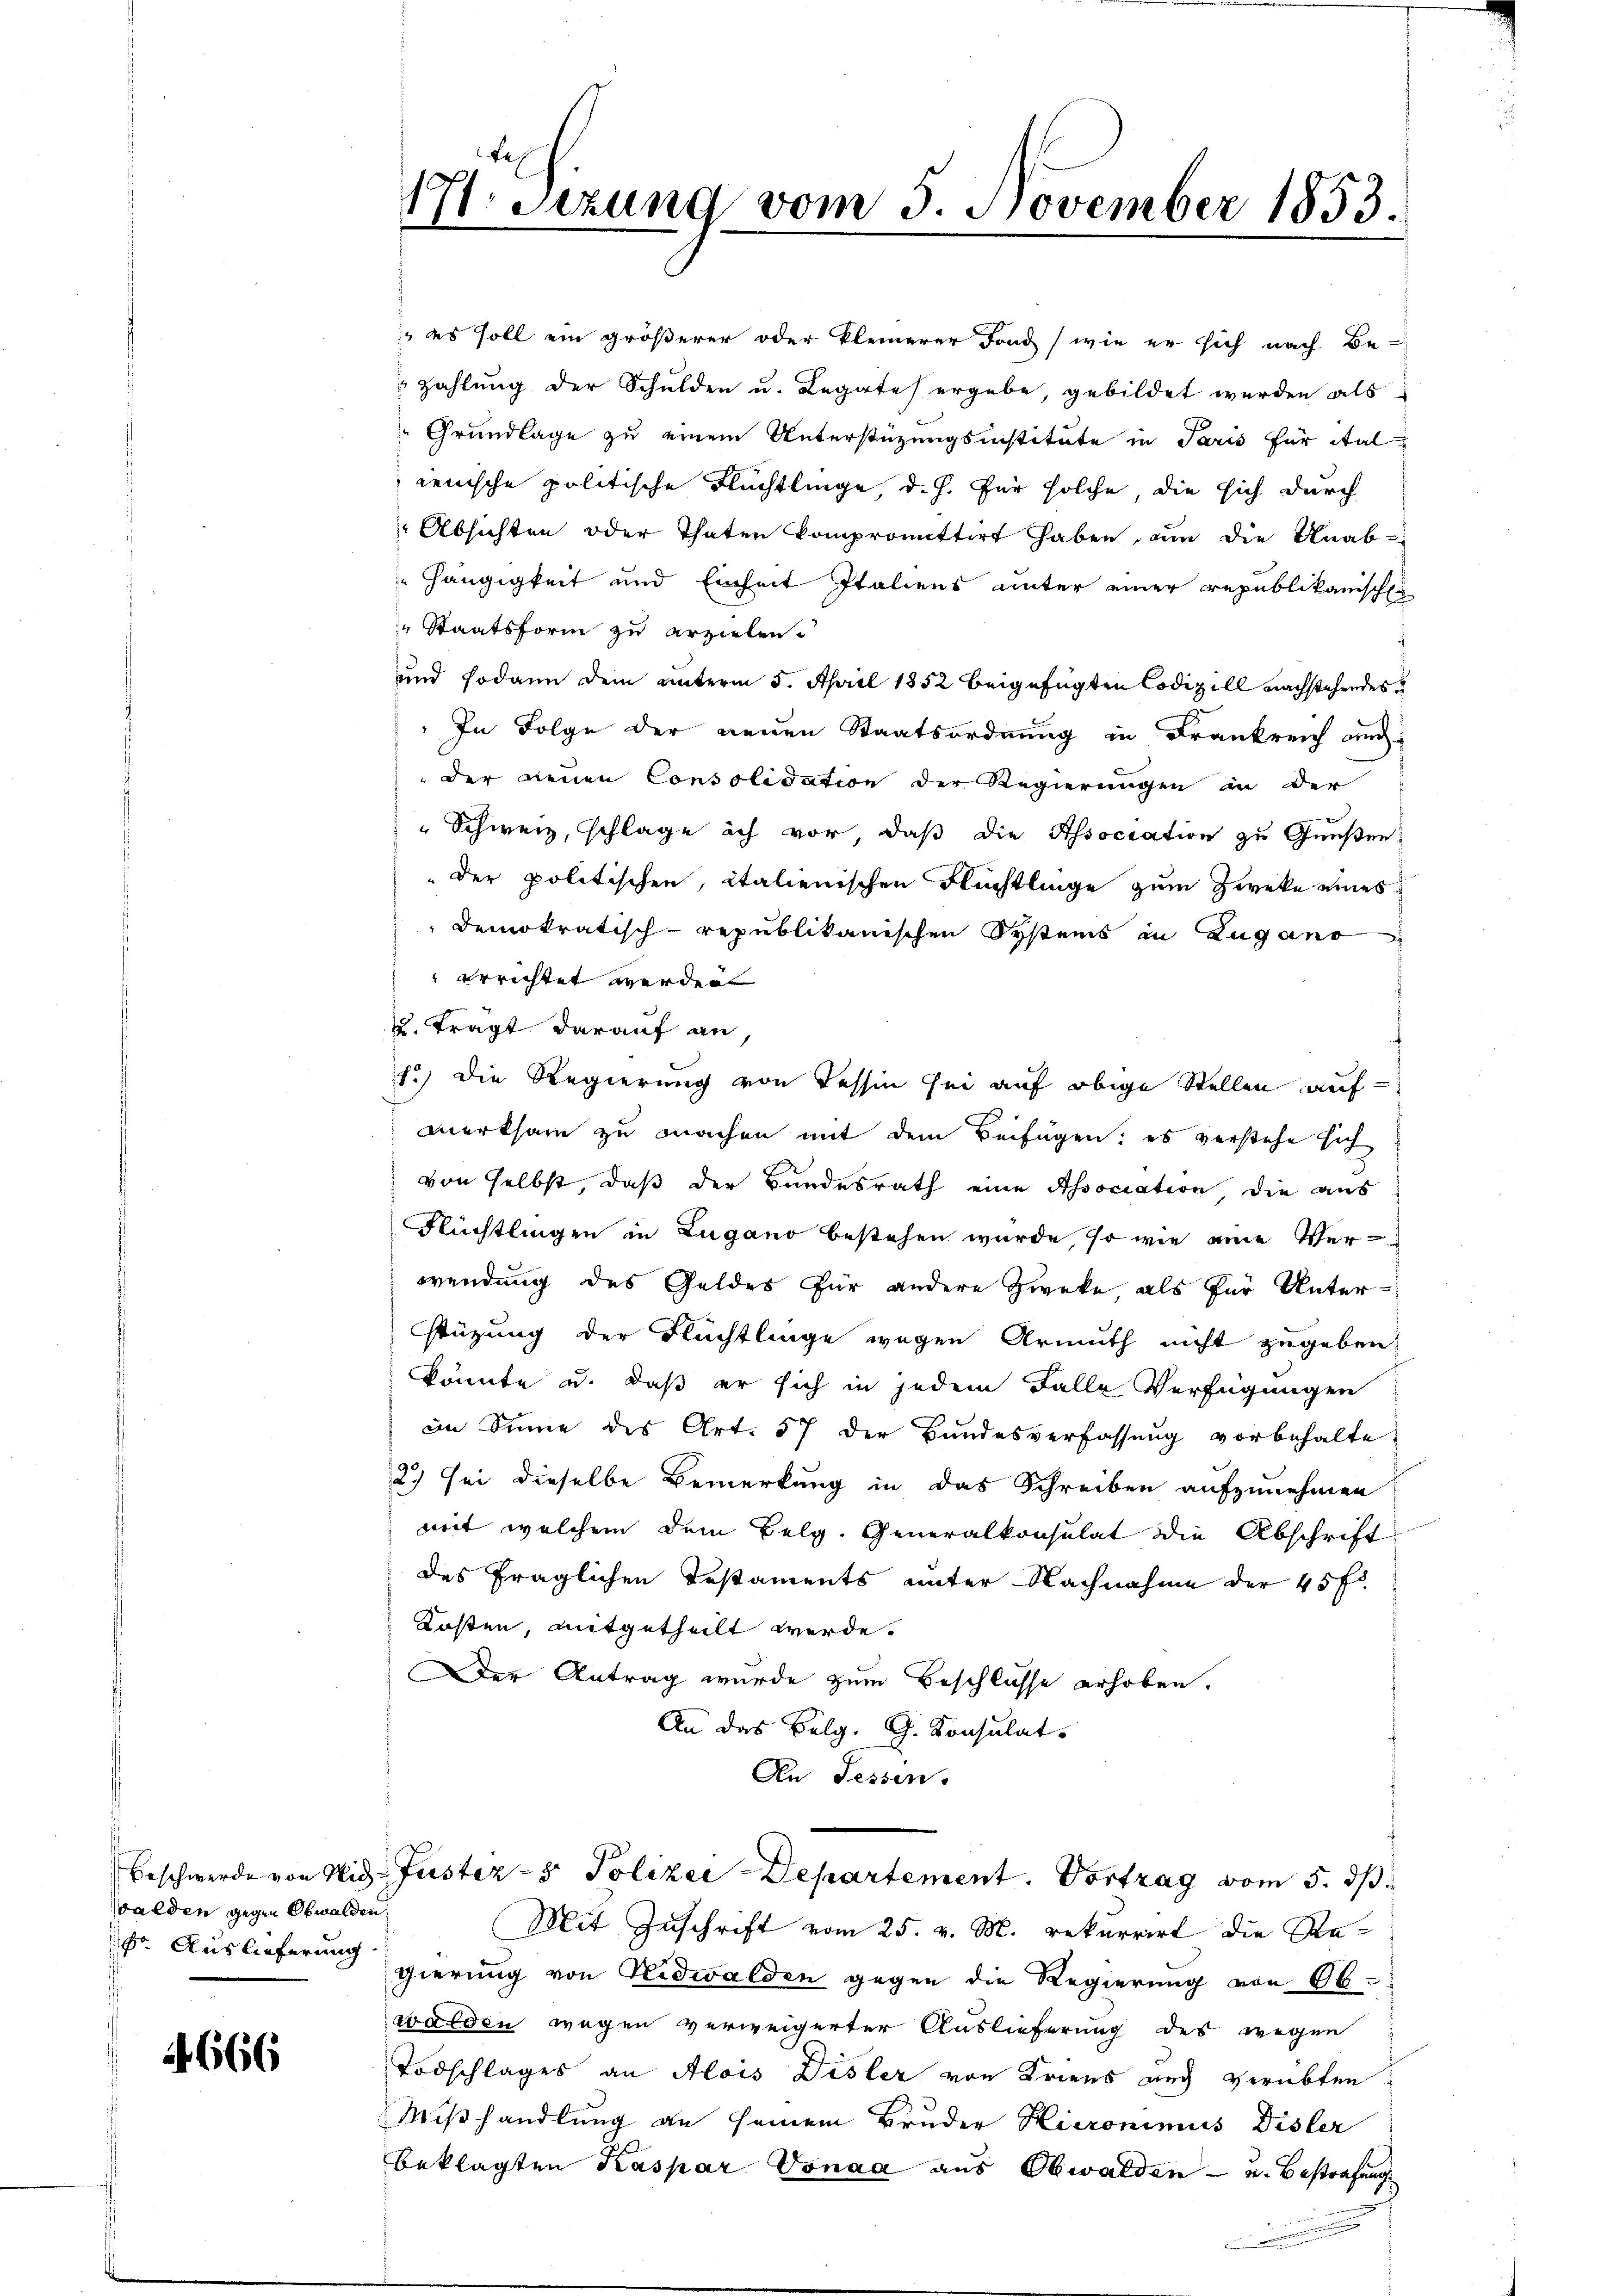
walden gegen Obwalden.
br. Auslieferung

2666

17. Sizung vom 5. November 1853.

es soll ein größerer oder kleinerer Fond (wie er sich nach Be-
 Zahlung der Schulden u. Legates ergebe, gebildet werden als
Grundlage zu einem Unterstüzungsinstitute in Paris für ital
ienische politische Flüchtlinge, d. J. für solche, die sich durch
Absichten oder Thaten kompromittirt haben, an die Unab-
" hängigkeit und Einheit Italiens unter einer republikanische
" Staatsform zu erzielen.
und sodann dein unterm 5. April 1852 beigefügten Codicill nachstehendes
In Folge der neuen Staatsordnung in Frankreich auch
der neuen Consolidation der Regierungen in der
Schweiz, schlage ich vor, daß die Association zu Gunsten
"der politischen, italienischen Flüchtlinge zum Zwecke eines
Demokratisch-republikanischen Systems in Zugano
errichtet werden.
u. Trägt darauf an
1.) Die Regierung von Tessin sei auf obige Stellen auf-
merksam zu machen mit dem Beifügen; es verstehe sich
von selbst, daß der Bundesrath eine Association, die aus
Flüchtlingen in Zugano bestehen wurde, so wie eine Ver-
wendung des Geldes für andere Zweke, als für Unterstüzung der Flüchtlinge wegen Armuth nicht zugeben,
könnte u. daß er sich in jedem Falle Verfügungen
im Sinne des Art. 57 der Bundesverfassung vorbehalte
2.) Sei dieselbe Bemerkung in das Schreiben aufzunehmen
mit welchem dem Belg. Generalkonsulat die Abschrift
des fraglichen Testaments unter Nachnahme der 45 f
Kosten, mitgetheilt werde.
Der Antrag wurde zum Beschlüsse erhoben.
An das Belg. G. Konsulat
An Fessen.
Beschwerde von Wid-Justiz- & Polizei Departement. Vortrag vom 5. ds.
Mit Zuschrift vom 25. v. M. rekurrirt die Regierung von Nidwalden gegen die Regierung von Obwalden wegen verweigerter Auslieferung des wegen
Todschlages an Alois Disler von Kriens auch verübten
Mißhandlung an seinem Bruder Hieronimus Disler
beklagten Kaspar Vonaa aus Obwalden - u. Bestrafung
I